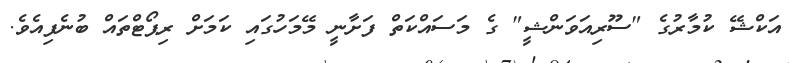
އަކްޝޭ ކުމާރުގެ "ސޫރިއަވަންޝީ" ގެ މަސައްކަތް ފަށާނީ މޭމަހުގައި ކަމަށް ރިޕޯޓްތައް ބުނެފިއެވެ.